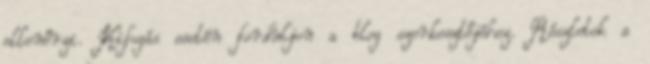
ellenőrzi. Kifogás esetén forduljon a blog szerkesztőjéhez. Részletek a